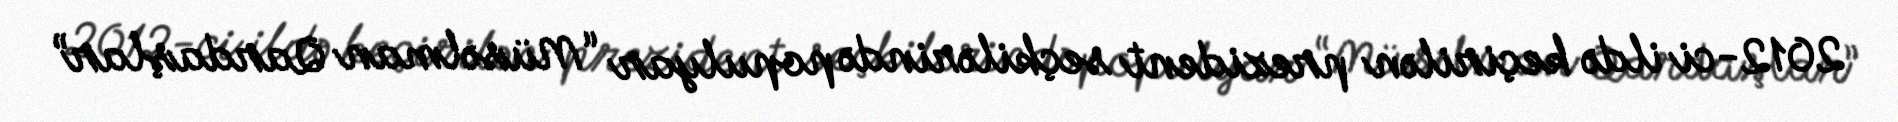
2012-ci ildə keçirilən prezident seçkilərində populyar “Müsəlman Qardaşlar”